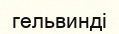
гельвинді